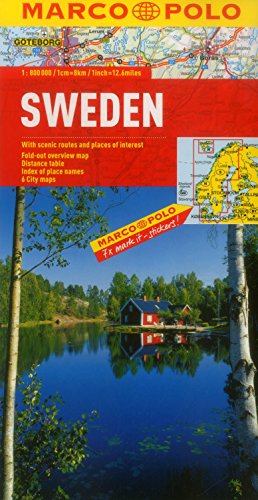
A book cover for Sweden Marco Polo Map (Marco Polo Maps); Marco Polo Travel; Travel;